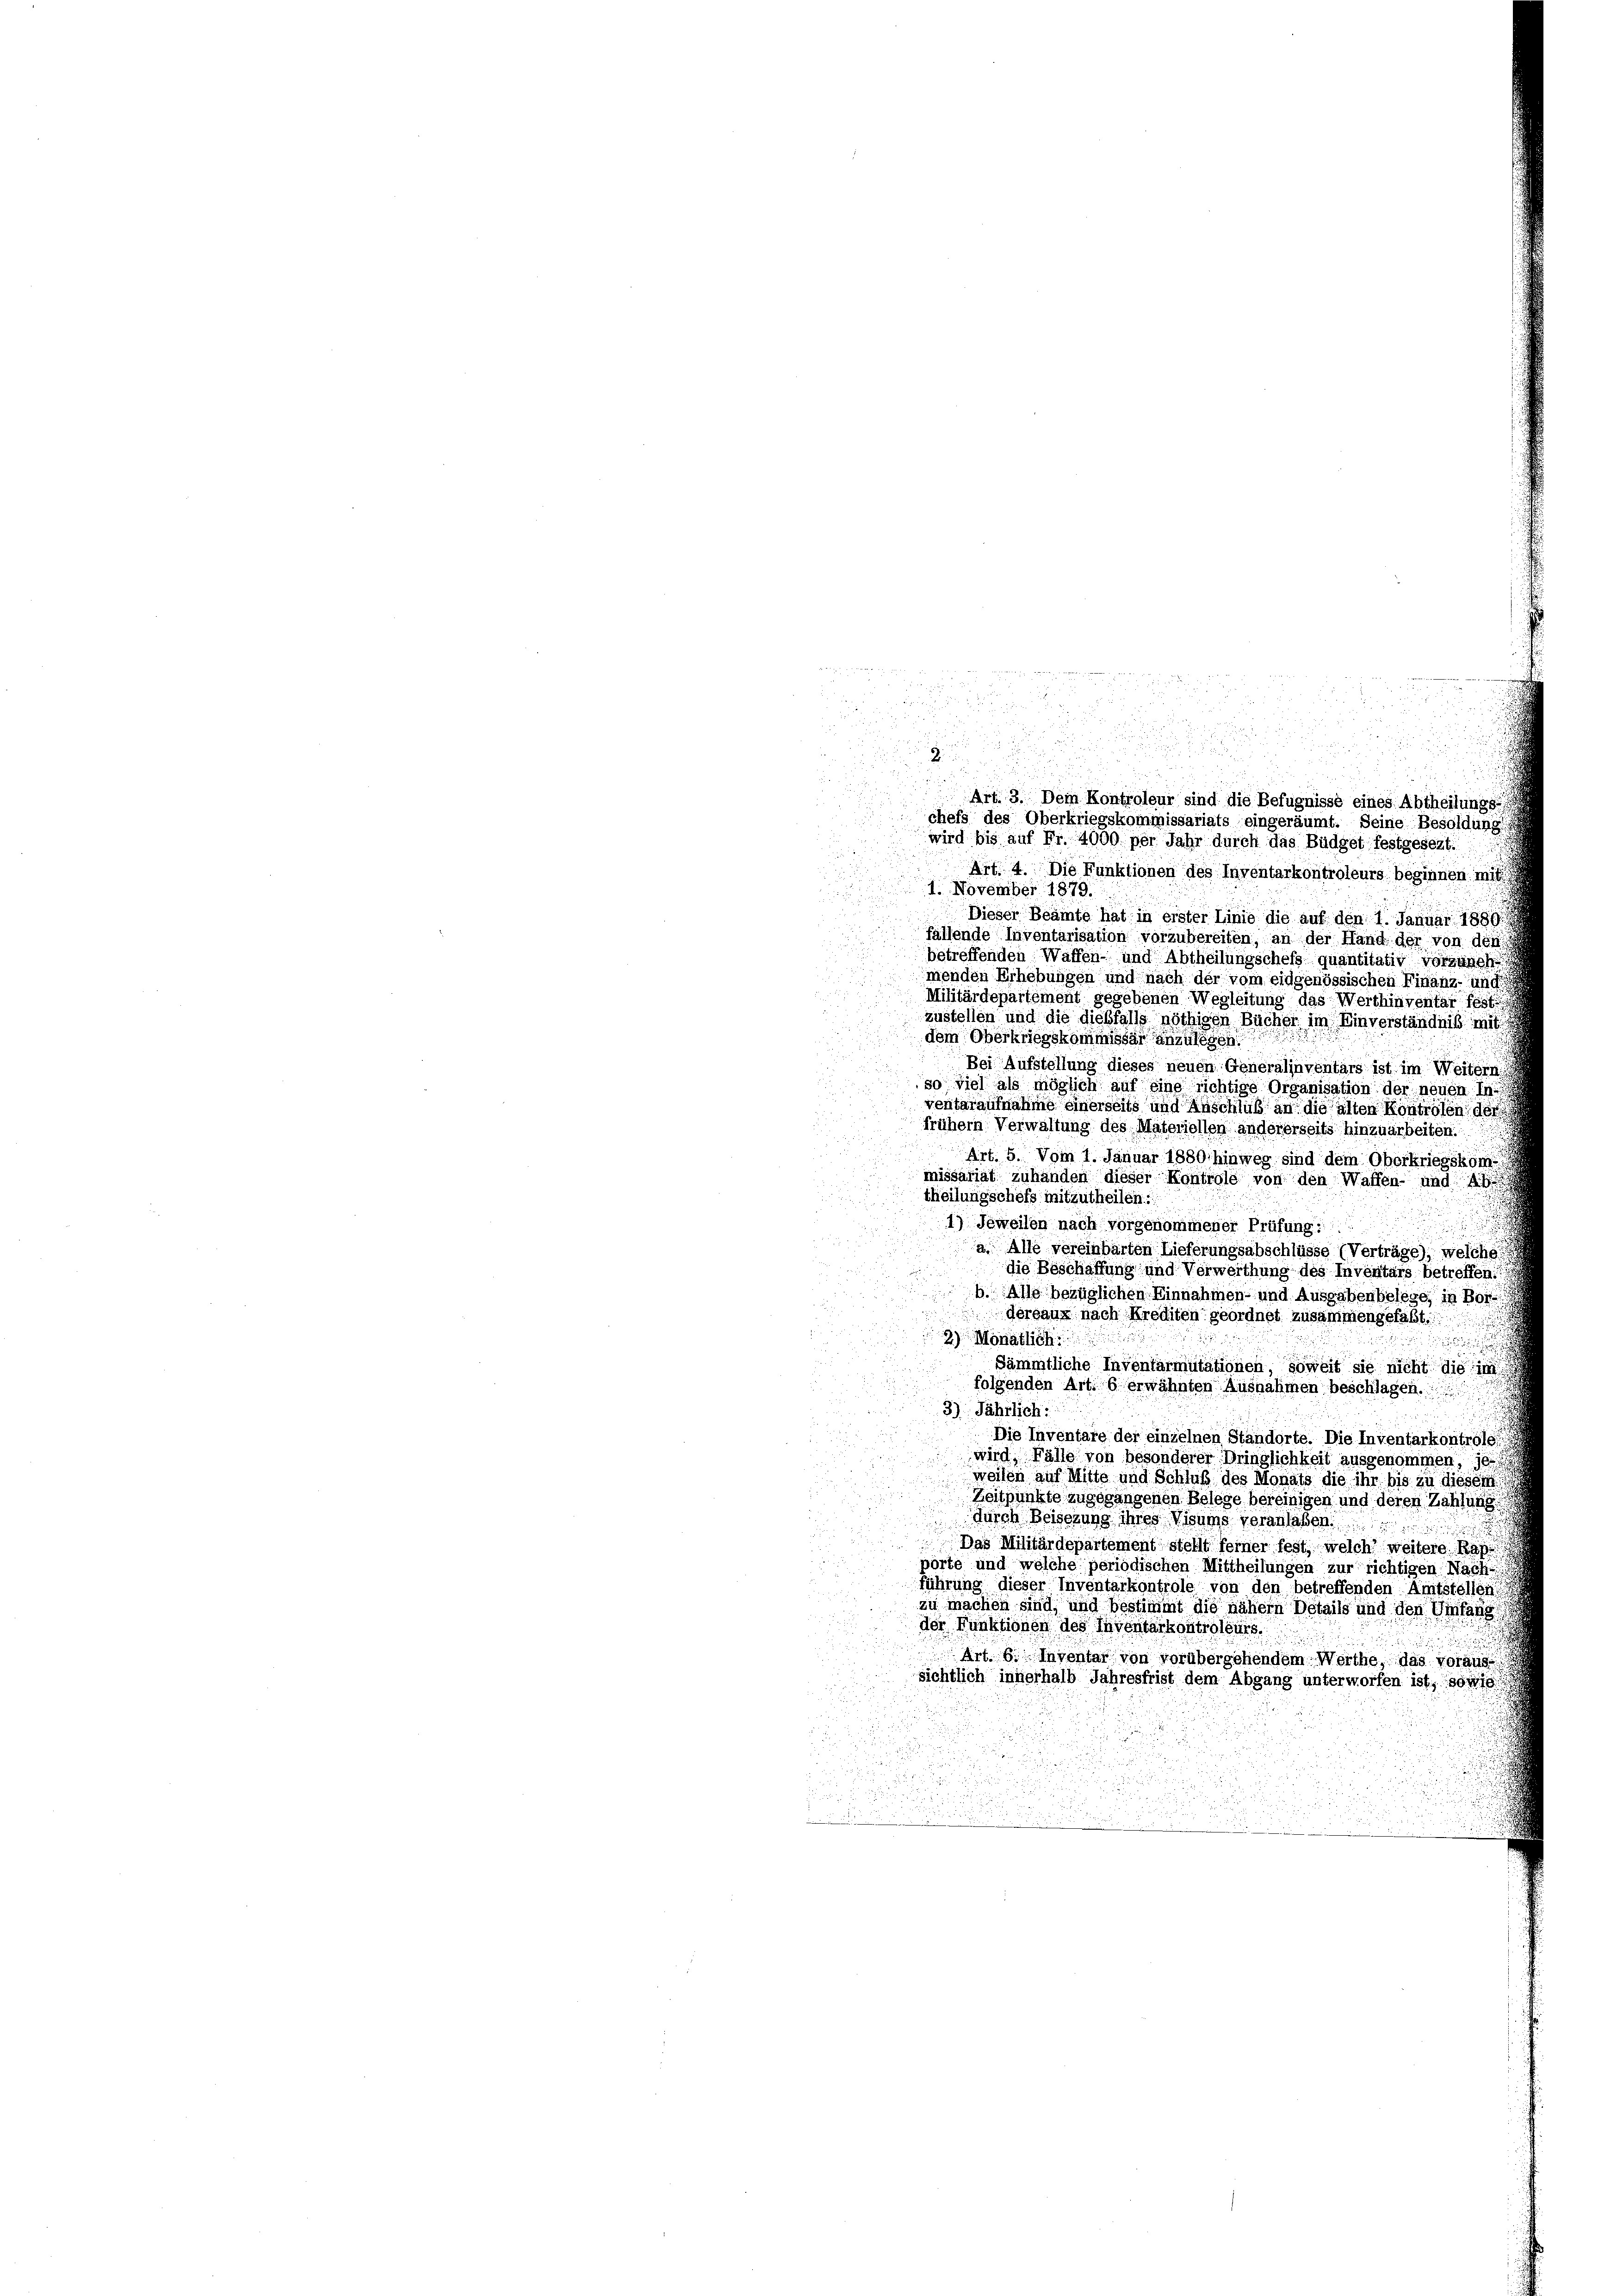
d
2
5
Art. 3. Dem Kontroleur sind die Befugnisse eines Abtheilungs-
chefs des Oberkriegskommissariats eingeräumt. Seine Besoldung
wird bis auf Fr. 4000 per Jahr durch das Büdget festgesezt.

Art. 4. Die Funktionen des Inventarkontroleurs beginnen mit
1. November 1879.
Dieser Beamte hat in erster Linie die auf den 1. Januar 1889.
fällende Inventarisation vorzubereiten, an der Hand der von den
betreffenden Waffen- und Abtheilungschefs quantitativ vorzuneh
menden Erhebungen und nach der vom eidgenössischen Finanz- und
Militärdepartement gegebenen Wegleitung das Werthinventar fest
zustellen und die dießfalls nöthigen Bücher im Einverständniß mit
dem Oberkriegskommissär anzulegen.
Bei Aufstellung dieses neuen Generalinventars ist im Weitern,
so viel als möglich auf eine richtige Organisation der neuen In
ventaraufnahme einerseits und Anschluß an die alten Kontrolen, der
frühem Verwaltung des Materiellen andererseits hinzuarbeiten.
u
Art. 5. Vom 1. Januar 1880 hinweg sind dem Oberkriegskom
missariat zuhänden dieser Kontrole von den Waffen- und Ab
theilungschefs mitzutheilen.“
h
1) Jeweilen nach vorgenommener Prüfung
a. Alle vereinbarten Lieferungsabschlüsse (Verträge), welche
die Beschaffung und Verwerthung des Inventars betreffen.
b. Alle bezüglichen Einnahmen- und Ausgabenbelege, in Bor
derbaus nach Krediten geordnet zusammengefaßt:
2) Monatlich
d
Sämmtliche Inventarmutationen, soweit sie nicht die im
folgenden Art. 8 erwähnten Ausnahmen beschlagen.
3) Jährlich:
Die Inventare der einzelnen Standorte. Die Inventarkontrole
wird, Fälle von besonderer Dringlichkeit ausgenommen, je
weisen auf Mitte und Schluß des Monats die ihr bis zu diesem
Zeitpunkte zugegangenen Belege bereinigen und deren Zahlung
durch Beiserung ihres Visums veranlaßen.
.
Das Militärdepartement stellt ferner fest, welch weitere Kap
pörte und welche periodischen Mittheilungen zur richtigen Nach-
führung dieser Inventarkontrole von den betreffenden Amtstellen
zu machen sind, und bestimmt die nähern Details und den Stan
der Punktionen des Inventarkontroleurs.

Art. 6., Inventar von vorübergehendem Werthe, das voraus
sichtlich innerhalb Jahresfrist dem Abgang unterworfen ist, sond